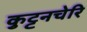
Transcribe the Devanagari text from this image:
कुट्टनचेरि